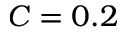
C = 0 . 2